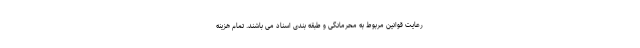
رعایت قوانین مربوط به محرمانگی و طبقه بندی اسناد می باشند. تمام هزینه